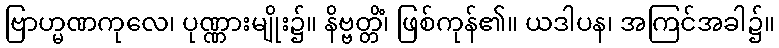
ဗြာဟ္မဏကုလေ၊ ပုဏ္ဏားမျိုး၌။ နိဗ္ဗတ္တိံ၊ ဖြစ်ကုန်၏။ ယဒါပန၊ အကြင်အခါ၌။